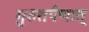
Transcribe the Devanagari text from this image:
गुरुतर्पणात्